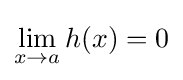
\lim _{x\to a}h(x)=0